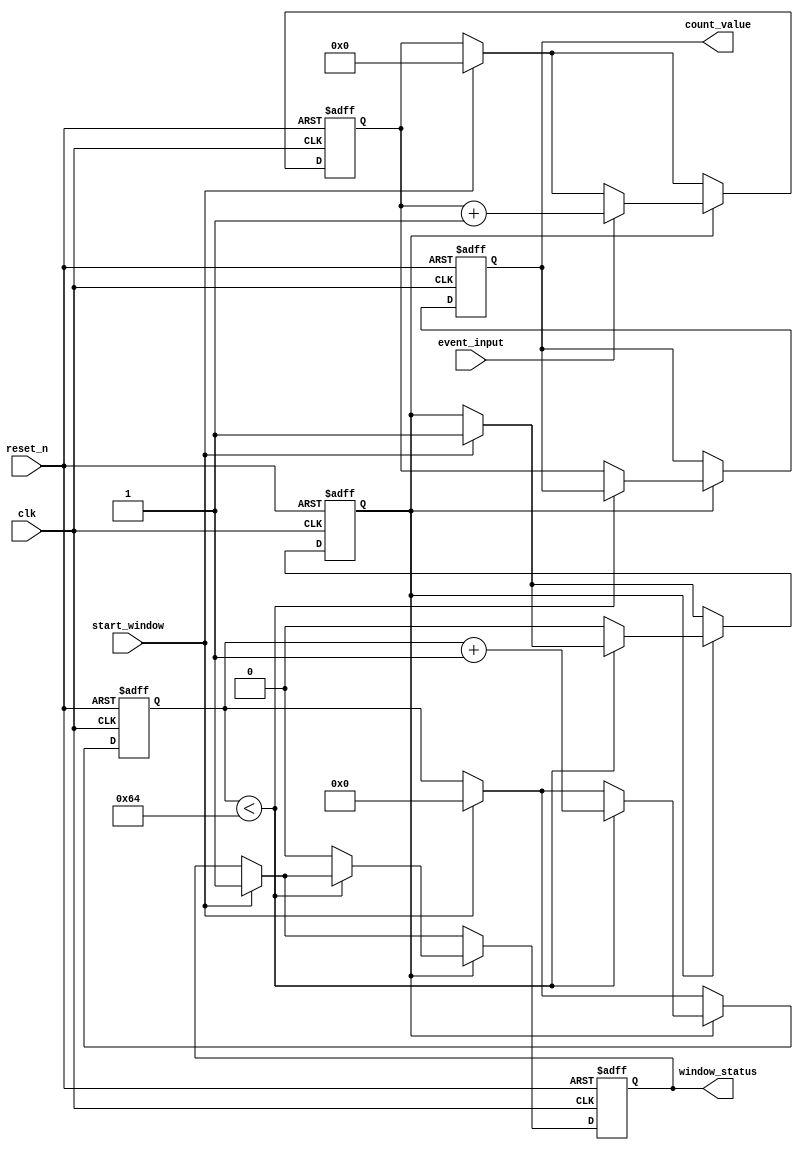
module windowed_counter #(
    parameter BIT_WIDTH = 8,           // Bit width of the counter
    parameter WINDOW_DURATION = 100    // Window duration in clock cycles
) (
    input wire clk,                    // Clock signal
    input wire reset_n,                // Asynchronous active-low reset
    input wire event_input,            // External event signal
    input wire start_window,           // Signal to start counting window
    output reg [BIT_WIDTH-1:0] count_value, // Stored count value
    output reg window_status           // Status of the counter (counting or idle)
);

    reg [BIT_WIDTH-1:0] counter;       // Counter register
    reg [6:0] window_timer;             // Timer for counting window (7 bits for 0 to 127)
    reg counting;                       // Flag to indicate if counting is active

    // Counter logic
    always @(posedge clk or negedge reset_n) begin
        if (!reset_n) begin
            counter <= 0;
            window_timer <= 0;
            count_value <= 0;
            window_status <= 0;
            counting <= 0;
        end else begin
            if (start_window) begin
                // Reset the counter and start counting
                counter <= 0;
                window_timer <= 0;
                counting <= 1;
                window_status <= 1;
            end

            if (counting) begin
                // Count events
                if (event_input) begin
                    counter <= counter + 1;
                end

                // Timer to track window duration
                if (window_timer < WINDOW_DURATION) begin
                    window_timer <= window_timer + 1;
                end else begin
                    // Window expired, store count and stop counting
                    count_value <= counter;
                    counting <= 0;
                    window_status <= 0;
                end
            end
        end
    end

endmodule